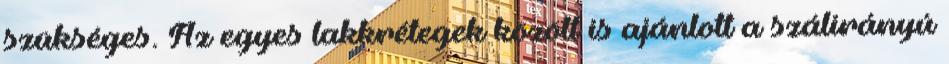
szükséges. Az egyes lakkrétegek között is ajánlott a szálirányú